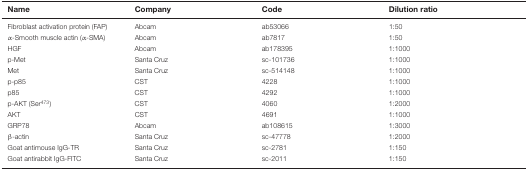
| Name | Company | Code | Dilution ratio |
 | --- | --- | --- | --- |
 | Fibroblast activation protein (FAP) | Abcam | ab53066 | 1:50 |
 | α-Smooth muscle actin (α-SMA) | Abcam | ab7817 | 1:50 |
 | HGF | Abcam | ab178395 | 1:1000 |
 | p-Met | Santa Cruz | sc-101736 | 1:1000 |
 | Met | Santa Cruz | sc-514148 | 1:1000 |
 | p-p85 | CST | 4228 | 1:1000 |
 | p85 | CST | 4292 | 1:1000 |
 | p-AKT (Ser473) | CST | 4060 | 1:2000 |
 | AKT | CST | 4691 | 1:1000 |
 | GRP78 | Abcam | ab108615 | 1:3000 |
 | β-actin | Santa Cruz | sc-47778 | 1:2000 |
 | Goat antimouse IgG-TR | Santa Cruz | sc-2781 | 1:150 |
 | Goat antirabbit IgG-FITC | Santa Cruz | sc-2011 | 1:150 |